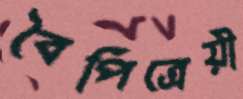
বৈপিত্রেয়ী